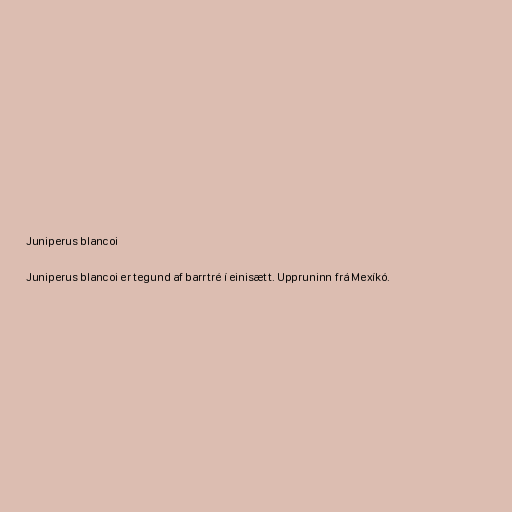
Juniperus blancoi

Juniperus blancoi er tegund af barrtré í einisætt. Uppruninn frá Mexíkó.